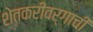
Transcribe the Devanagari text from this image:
शेतकरीवर्गाची